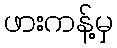
ဖားကန့်မှ